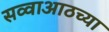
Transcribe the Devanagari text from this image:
सव्वाआठच्या